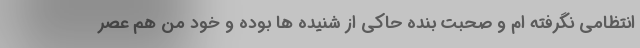
انتظامی نگرفته ام و صحبت بنده حاکی از شنیده ها بوده و خود من هم عصر